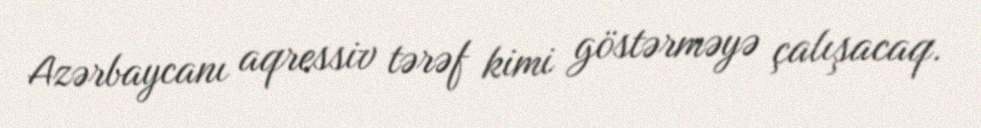
Azərbaycanı aqressiv tərəf kimi göstərməyə çalışacaq.